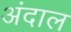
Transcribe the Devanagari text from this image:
अंदाल